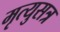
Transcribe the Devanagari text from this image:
मृत्युसत्र